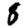
Digit: 8